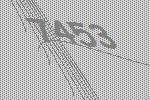
7453